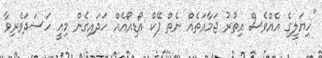
"ހިޔަލީގެ އެއްވެސް އިތުރު ޖަމާއަތެއް ނެތް ފޭކް އޯޑިއޯއެއް ހަދައިގެން މިއީ ހަސަދަވެރިވާ